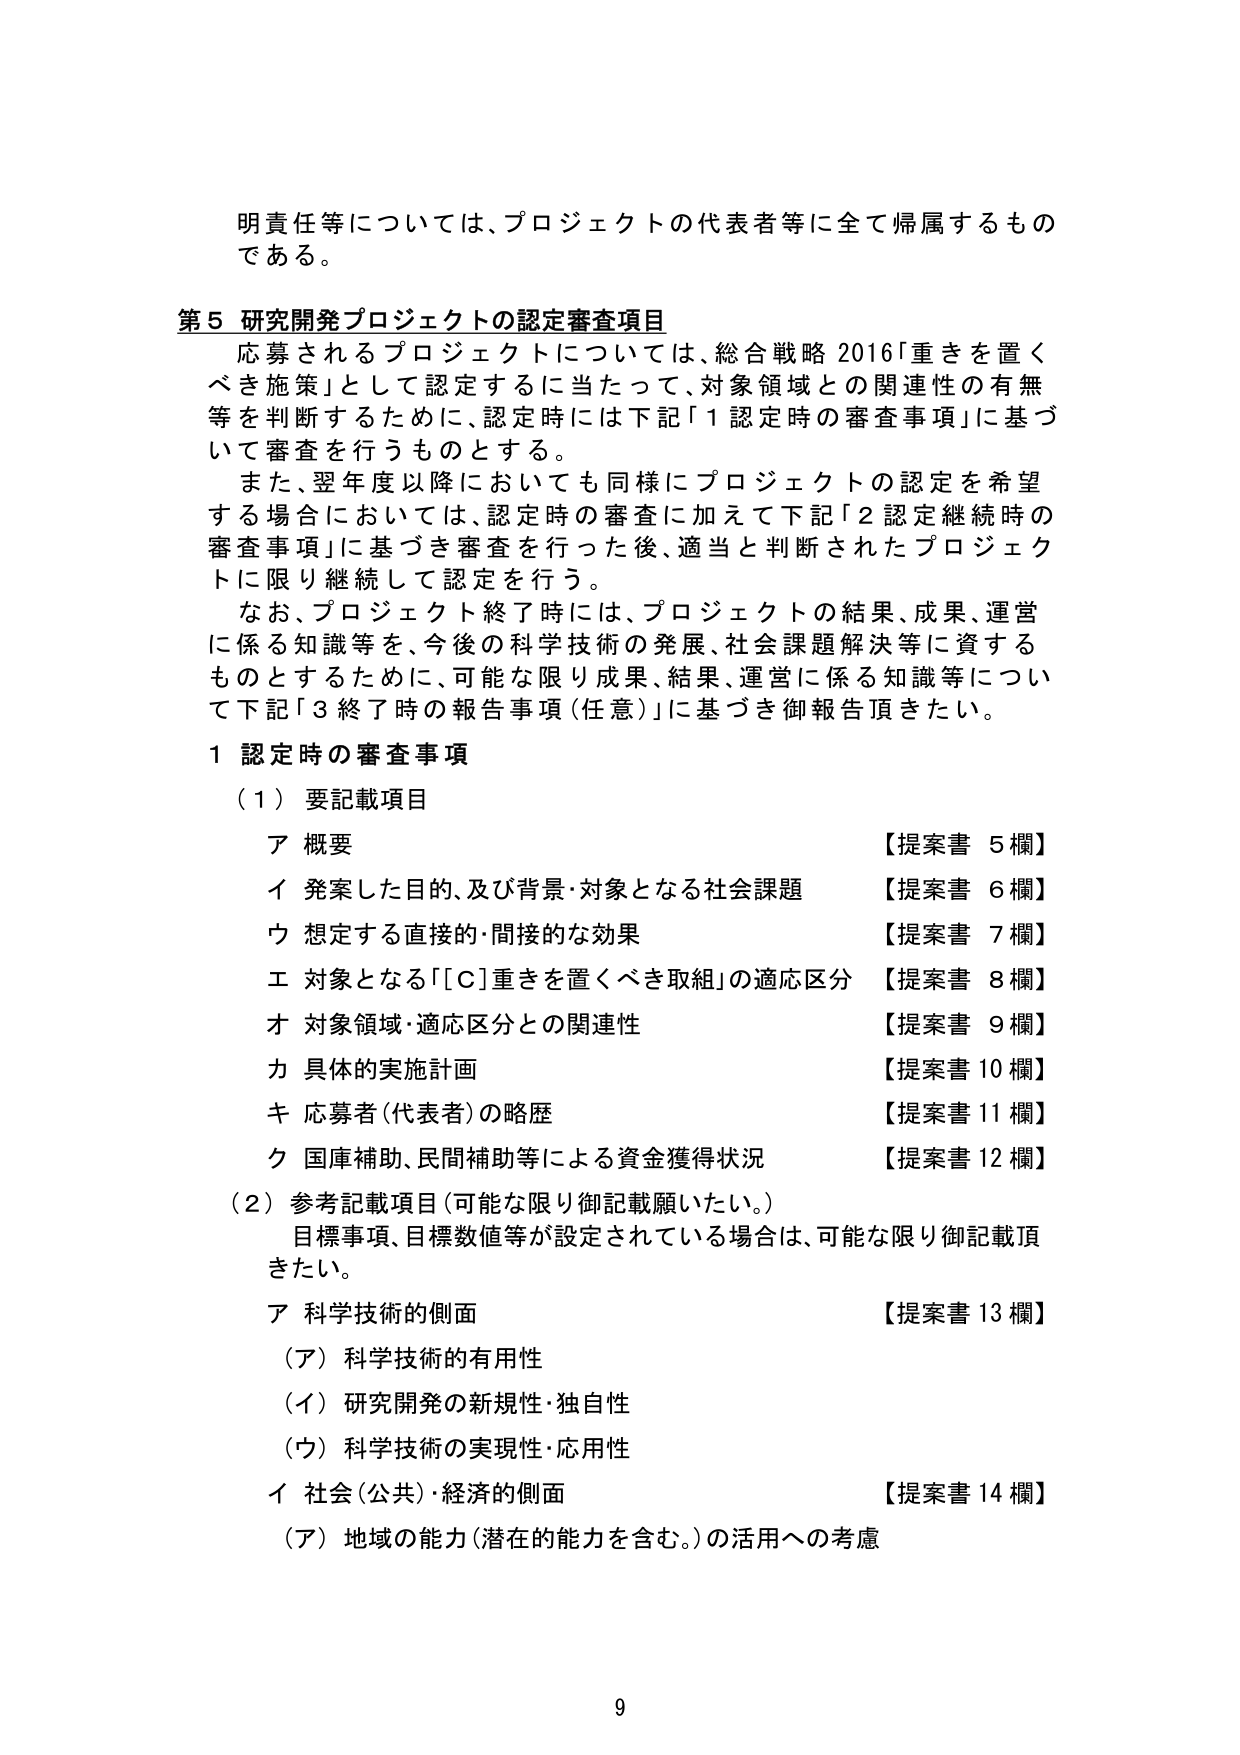
明責任等については、プロジェクトの代表者等に全て帰属するものである。

第５ 研究開発プロジェクトの認定審査項目
応募されるプロジェクトについては、総合戦略2016「重きを置くべき施策」として認定するに当たって、対象領域との関連性の有無等を判断するために、認定時には下記「１認定時の審査事項」に基づいて審査を行うものとする。
また、翌年度以降においても同様にプロジェクトの認定を希望する場合においては、認定時の審査に加えて下記「２認定継続時の審査事項」に基づき審査を行った後、適当と判断されたプロジェクトに限り継続して認定を行う。
なお、プロジェクト終了時には、プロジェクトの結果、成果、運営に係る知識等を、今後の科学技術の発展、社会課題解決等に資するものとするために、可能な限り成果、結果、運営に係る知識等について下記「３終了時の報告事項（任意）」に基づき御報告頂きたい。

１ 認定時の審査事項
（１）要記載項目
ア 概要 【提案書 5欄】
イ 発案した目的、及び背景・対象となる社会課題 【提案書 6欄】
ウ 想定する直接的・間接的な効果 【提案書 7欄】
エ 対象となる「[C]重きを置くべき取組」の適応区分 【提案書 8欄】
オ 対象領域・適応区分との関連性 【提案書 9欄】
カ 具体的実施計画 【提案書 10欄】
キ 応募者（代表者）の略歴 【提案書 11欄】
ク 国庫補助、民間補助等による資金獲得状況 【提案書 12欄】
（２）参考記載項目（可能な限り御記載願いたい。）
目標事項、目標数値等が設定されている場合は、可能な限り御記載頂きたい。
ア 科学技術的側面 【提案書 13欄】
（ア）科学技術的有用性
（イ）研究開発の新規性・独自性
（ウ）科学技術の実現性・応用性
イ 社会（公共）・経済的側面 【提案書 14欄】
（ア）地域の能力（潜在的能力を含む。）の活用への考慮

9